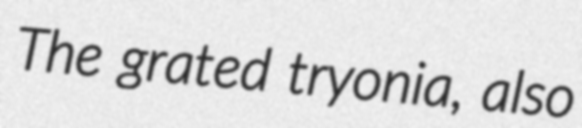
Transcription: The grated tryonia, also